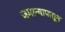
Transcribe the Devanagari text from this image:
जमान्यापासून